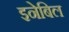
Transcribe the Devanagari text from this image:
इनेबिल